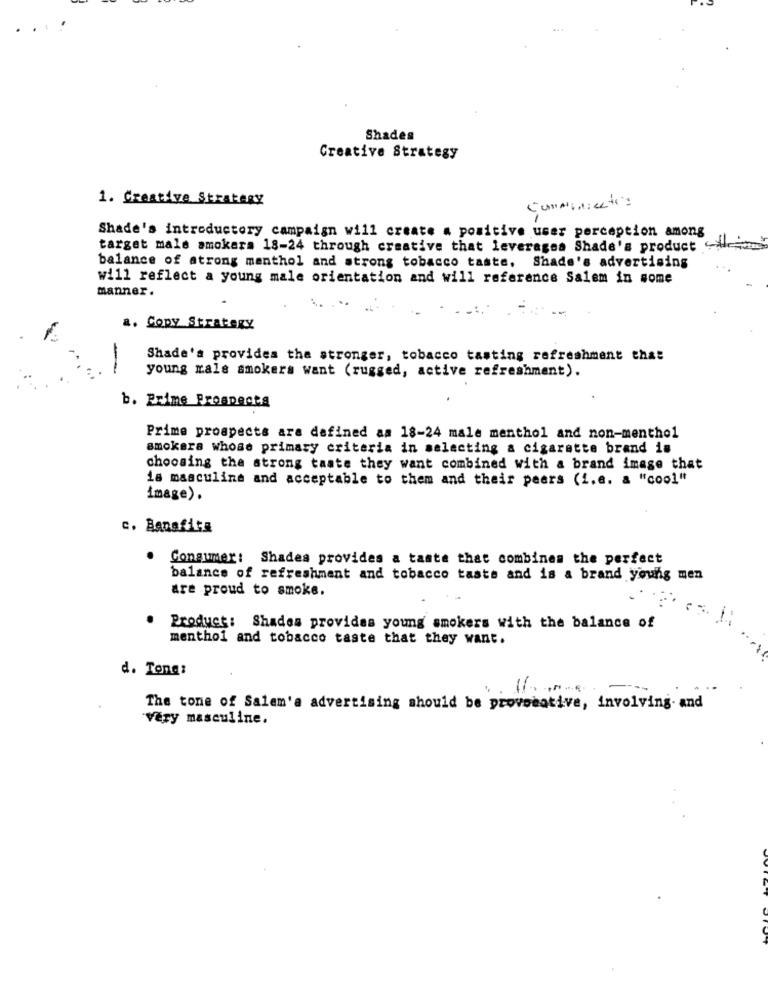
..
Shades
Creative Strategy
1. Creative Strategy
Communicates
Shade's introductory campaign will create a positive user perception among
target male smokers 18-24 through creative that leverages Shade's product
balance of atrong menthol and strong tobacco taste, Shade's advertising
will reflect a young male orientation and will reference Salem in some
Manner.
a. Copy Strategy
Shade's provides the stronger, tobacco tasting refreshment that
young male smokers want (rugged, active refreshment).
b. Prime Prospects
Prime prospects are defined as 18-24 male menthol and non-menthol
smokera whose primary criteria in selecting a cigarette brand is
choosing the strong taate they want combined with a brand image that
is masculine and acceptable to them and their peers (i.e. a "cool"
image).
c. Banafita
Consumer: Shades provides a taste that combines the perfect
balance of refreshment and tobacco taste and is a brand young men
are proud to smoke.
Product: Shades provides young smokers with the balance of
menthol and tobacco taste that they want.
d. Tong:
The tone of Salem'a advertising should be provocative, involving- and
Věry masculine.